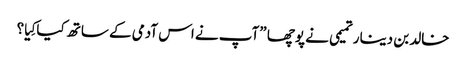
خالد بن دینار تمیمی نے پوچھا ”آپ نے اس آدمی کے ساتھ کیا کِیا؟